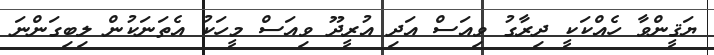
ޔަޤީންވާ ހެއްކަކީ ދިރާގު ވިއަސް އަދި އުރީދޫ ވިއަސް މީހަކު އެތަނަކުން ލިބިގަންނަ